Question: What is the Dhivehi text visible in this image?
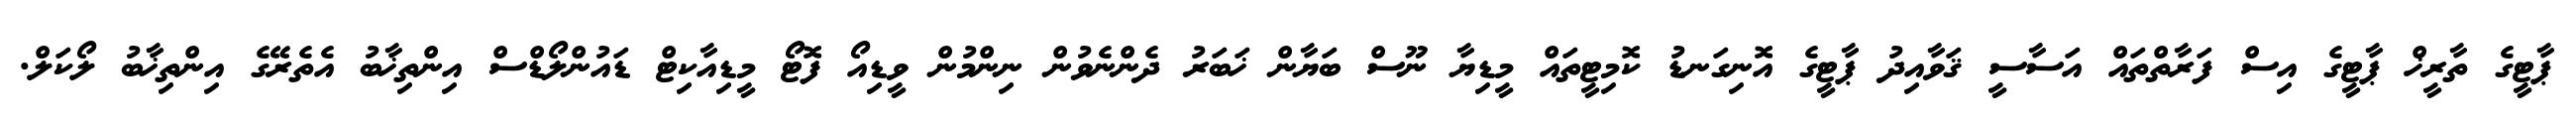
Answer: ޕާޓީގެ ތާރީޚް ޕާޓީގެ އިސް ފަރާތްތައް އަސާސީ ޤަވާއިދު ޕާޓީގެ އޮނިގަނޑު ކޮމިޓީތައް މީޑިޔާ ނޫސް ބަޔާން ޚަބަރު ދެންނެވުން ނިންމުން ވީޑިއޯ ފޮޓޯ މީޑިއާކިޓް ޑައުންލޯޑްސް އިންތިޚާބު އެތެރޭގެ އިންތިޚާބު ލޯކަލް.